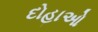
દોહાઓ